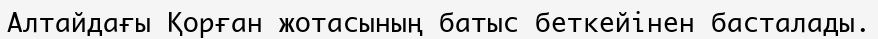
Алтайдағы Қорған жотасының батыс беткейінен басталады.